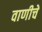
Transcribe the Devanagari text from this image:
वाणीचें